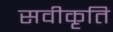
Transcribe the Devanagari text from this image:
सवीकृति